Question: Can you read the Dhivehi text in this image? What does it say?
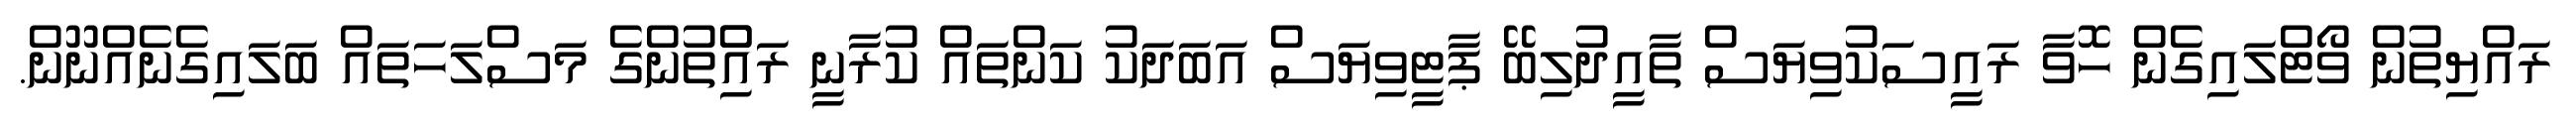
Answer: ރައްޔިތުން ވޯޓްލައިގެން ހޮވާ ރައީސަކުވިޔަސް ތާއީދުލިބޭ ޕާޓީވިޔަސް އަބަދަކު ކަންތައް ކުރާނީ ރައްުިތުންގެ މަސްލަހަތައް ބަލައިގެނެއްނޫން.